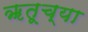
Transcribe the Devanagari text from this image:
ॠतूच्या